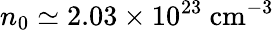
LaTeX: n_{0}\simeq 2.03\times 10^{23}~\mathrm{cm^{-3}}